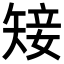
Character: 𥏡